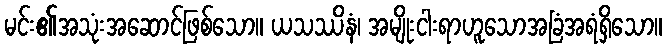
မင်း၏အသုံးအဆောင်ဖြစ်သော။ ယသဿိနံ၊ အမျိုးငါးရာဟူသောအခြံအရံရှိသော။